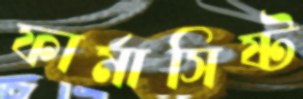
ফার্মাসিষ্ট